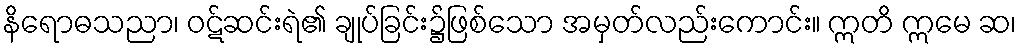
နိရောဓသညာ၊ ဝဋ်ဆင်းရဲ၏ ချုပ်ခြင်း၌ဖြစ်သော အမှတ်လည်းကောင်း။ ဣတိ ဣမေ ဆ၊